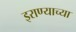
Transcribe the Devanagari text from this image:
इराण्याच्या